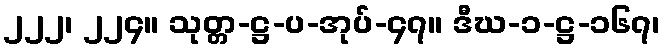
၂၂၂၊ ၂၂၄။ သုတ္တ-ဋ္ဌ-ပ-အုပ်-၄၇။ ဒီဃ-၁-ဋ္ဌ-၁၆၇၊